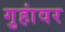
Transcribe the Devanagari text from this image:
गुहांवर